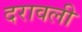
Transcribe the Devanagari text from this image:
दरावली